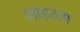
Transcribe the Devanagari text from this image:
शाइस्‍ता